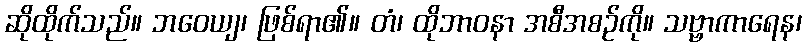
ဆိုထိုက်သည်။ ဘဝေယျ၊ ဖြစ်ရာ၏။ တံ၊ ထိုဘာဝနာ အစီအစဉ်ကို။ သဗ္ဗာကာရေန၊